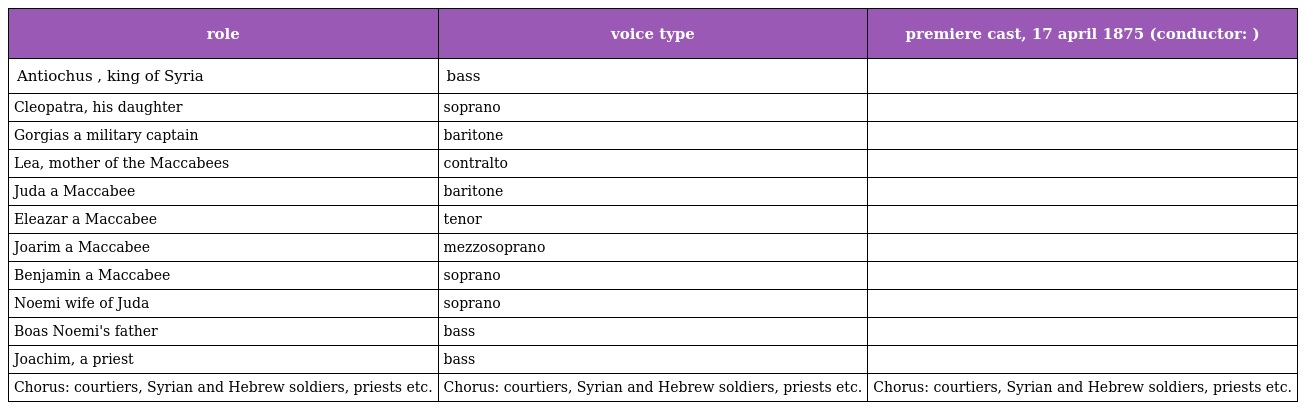
| role | voice type | premiere cast, 17 april 1875 (conductor: ) |
 | --- | --- | --- |
 | Antiochus , king of Syria | bass |  |
 | Cleopatra, his daughter | soprano |  |
 | Gorgias a military captain | baritone |  |
 | Lea, mother of the Maccabees | contralto |  |
 | Juda a Maccabee | baritone |  |
 | Eleazar a Maccabee | tenor |  |
 | Joarim a Maccabee | mezzosoprano |  |
 | Benjamin a Maccabee | soprano |  |
 | Noemi wife of Juda | soprano |  |
 | Boas Noemi's father | bass |  |
 | Joachim, a priest | bass |  |
 | Chorus: courtiers, Syrian and Hebrew soldiers, priests etc. | Chorus: courtiers, Syrian and Hebrew soldiers, priests etc. | Chorus: courtiers, Syrian and Hebrew soldiers, priests etc. |